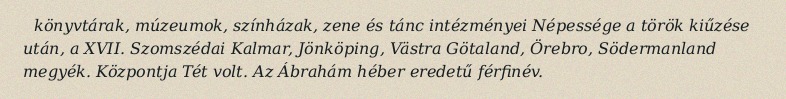
könyvtárak, múzeumok, színházak, zene és tánc intézményei Népessége a török kiűzése után, a XVII. Szomszédai Kalmar, Jönköping, Västra Götaland, Örebro, Södermanland megyék. Központja Tét volt. Az Ábrahám héber eredetű férfinév.